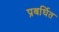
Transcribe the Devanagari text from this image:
प्रबर्धित